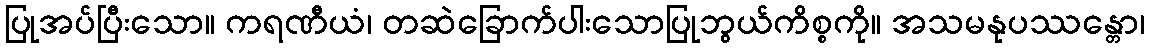
ပြုအပ်ပြီးသော။ ကရဏီယံ၊ တဆဲခြောက်ပါးသောပြုဘွယ်ကိစ္စကို။ အသမနုပဿန္တော၊